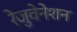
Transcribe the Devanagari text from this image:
रेजुवेनेशन